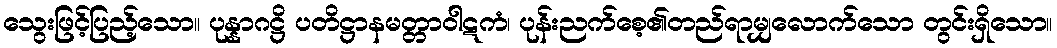
သွေးဖြင့်ပြည့်သော။ ပုန္နာဂဋ္ဌိ ပတိဋ္ဌာနမတ္တာဝါဋကံ၊ ပုန်းညက်စေ့၏တည်ရာမျှလောက်သော တွင်းရှိသော။